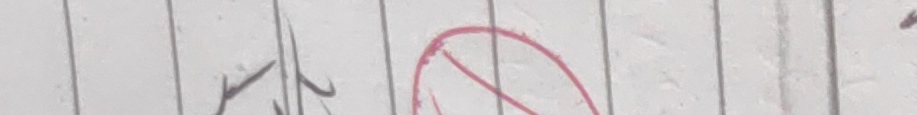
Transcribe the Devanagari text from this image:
कर